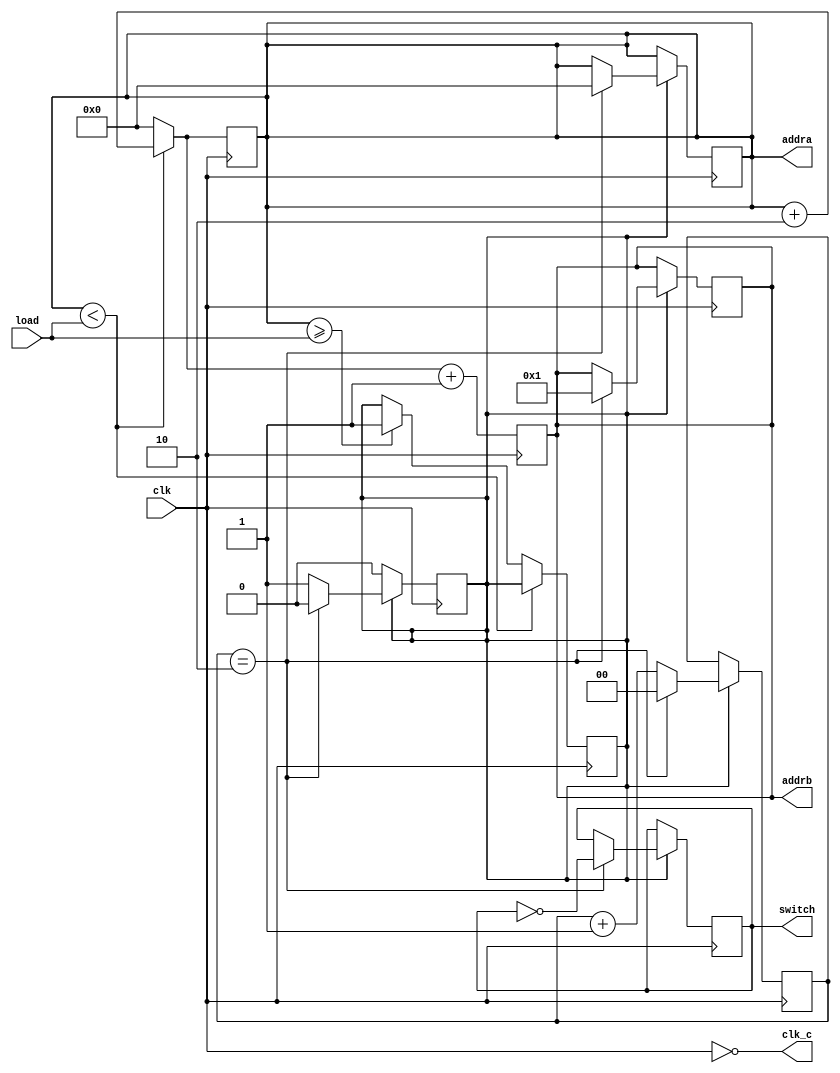
module alt_load_counter(load,clk,addra,addrb,clk_c,switch);
    input [11:0] load;
    input clk;
    
    output reg switch = 1'b0;
    output reg [11:0]addra,addrb;
    output wire clk_c; 
    
    reg enable = 1'b0;
    reg [1:0] count = 2'b00;
    assign clk_c = ~clk;
    always @(posedge clk)
        begin
            if(addra < load)
                addra = addra + 2;
            else
                begin
                    if (addra >= load)
                        begin
                            addra = 12'h0000;
                            enable = 1'b1;
                        end
                    else
                        addra = 12'h0000;
                end
            addrb = addra + 1;
            
        end
        
    always @(posedge clk)
    begin
        if (enable == 1'b1)
            begin
                if (count == 2'b10)
                begin
                    addra = 12'h0000;
                    addrb = 12'h001;
                    switch = ~switch;
                    enable = 1'b0;
                    count = 1'b0;
                end
                
                else
                    count = count + 1;
            end
            
    end
endmodule